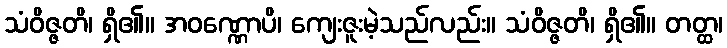
သံဝိဇ္ဇတိ၊ ရှိ၏။ အဝဏ္ဏောပိ၊ ကျေးဇူးမဲ့သည်လည်း။ သံဝိဇ္ဇတိ၊ ရှိ၏။ တတ္ထ၊